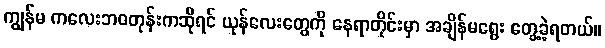
ကျွန်မ ကလေးဘဝတုန်းကဆိုရင် ယုန်လေးတွေကို နေရာတိုင်းမှာ အချိန်မရွေး တွေ့ခဲ့ရတယ်။